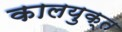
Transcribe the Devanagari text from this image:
कालयुक्त